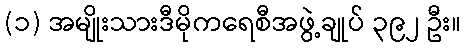
(၁) အမျိုးသားဒီမိုကရေစီအဖွဲ့ချုပ် ၃၉၂ ဦး။